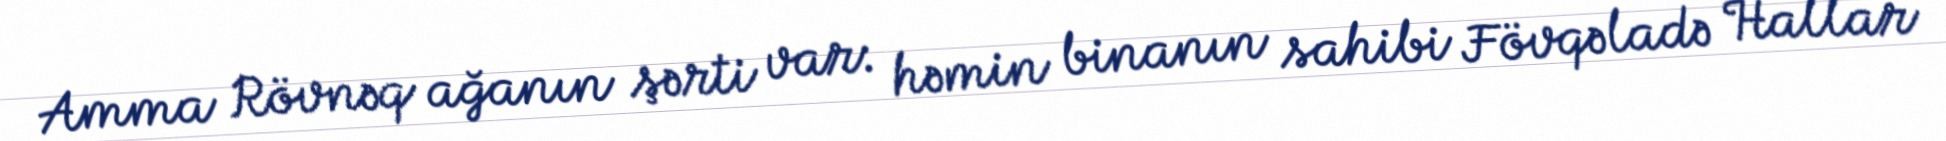
Amma Rövnəq ağanın şərti var: həmin binanın sahibi Fövqəladə Hallar